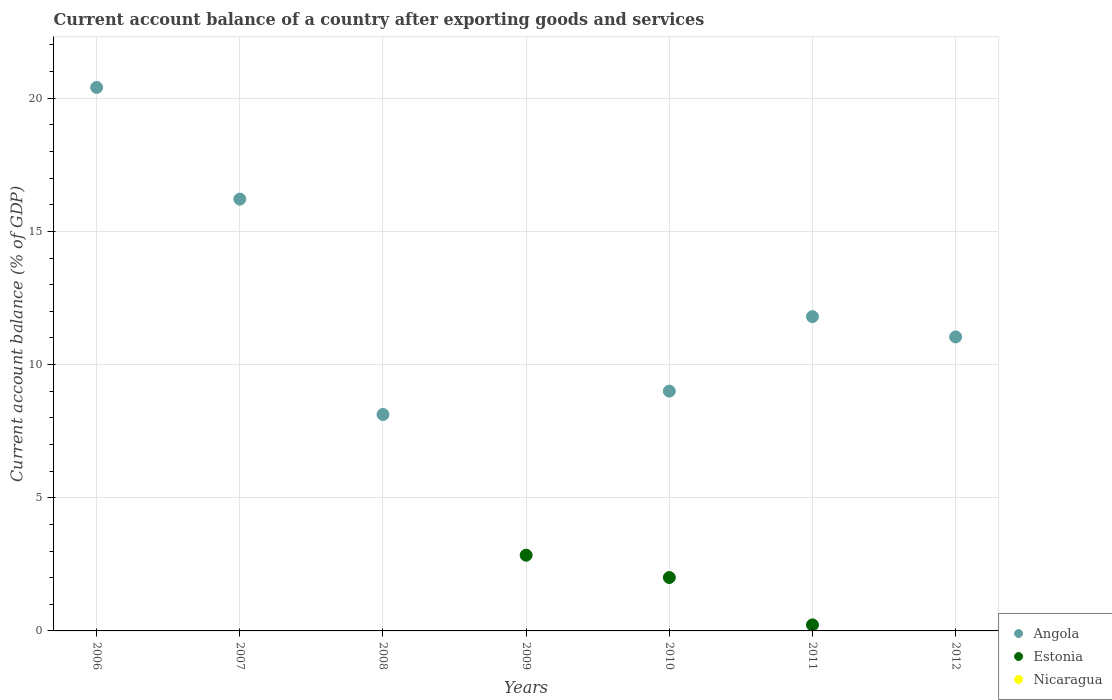
| Years | Angola | Estonia | Nicaragua |
 | --- | --- | --- | --- |
 | 2006 | 20.4 | -15.2 | -12.4 |
 | 2007 | 16.2 | -15.8 | -15.7 |
 | 2008 | 8.13 | -9.16 | -17.8 |
 | 2009 | -10.3 | 2.84 | -8.64 |
 | 2010 | 9 | 2.01 | -8.93 |
 | 2011 | 11.8 | 0.227 | -11.8 |
 | 2012 | 11 | -1.9 | -10.6 |